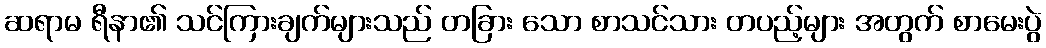
ဆရာမ ရီနာ၏ သင်ကြားချက်များသည် တခြား သော စာသင်သား တပည့်များ အတွက် စာမေးပွဲ